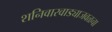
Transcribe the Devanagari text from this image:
शनिवारवाड्याजवळचा